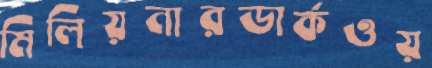
মিলিয়নারডার্কওয়